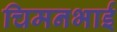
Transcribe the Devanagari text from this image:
चिमनभाई